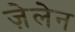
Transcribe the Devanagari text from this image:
ज़ेलेन